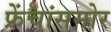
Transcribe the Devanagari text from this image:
फ्रेंचांसमोर